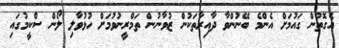
އެގޮތުން ގައުމަށް އެންމެ ބޭނުންވާ ދާއިރާތަކުން ޒުވާނުން ތަމްރީނުވުމަށް ހުޅުވާލި ލޯން ސްކީމުގައި